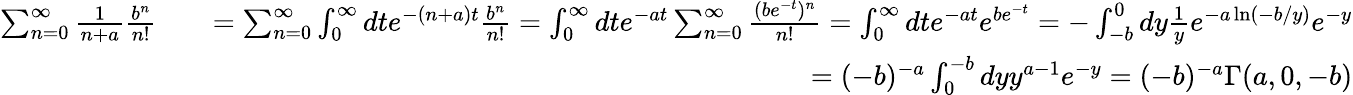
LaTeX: \begin{array}{rlr}{\sum_{n=0}^{\infty}\frac{1}{n+a}\frac{b^{n}}{n!}}&{}&{=\sum_{n=0}^{\infty}\int_{0}^{\infty}dte^{-(n+a)t}\frac{b^{n}}{n!}=\int_{0}^{\infty}dte^{-at}\sum_{n=0}^{\infty}\frac{(be^{-t})^{n}}{n!}=\int_{0}^{\infty}dte^{-at}e^{be^{-t}}=-\int_{-b}^{0}dy\frac{1}{y}e^{-a\ln\left(-b/y\right)}e^{-y}}\\ &{}&{=(-b)^{-a}\int_{0}^{-b}dyy^{a-1}e^{-y}=(-b)^{-a}\Gamma(a,0,-b)}\end{array}